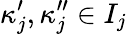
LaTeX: \kappa_{j}^{\prime},\kappa_{j}^{\prime\prime}\in I_{j}